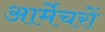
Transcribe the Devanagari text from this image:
आर्मेचरों